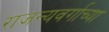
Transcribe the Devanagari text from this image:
राजन्यवर्गाच्या